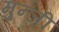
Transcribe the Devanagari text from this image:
मुन्जी